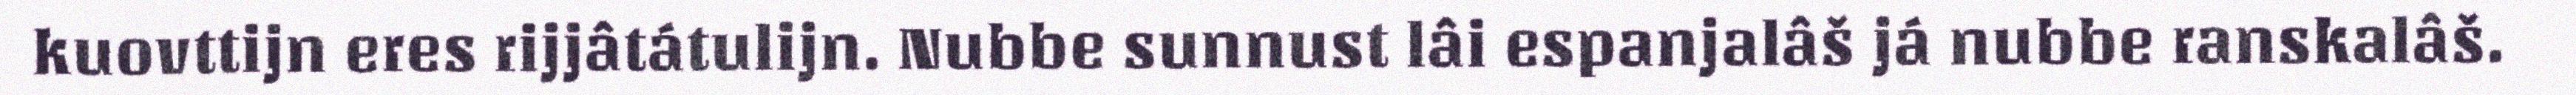
kuovttijn eres rijjâtátulijn. Nubbe sunnust lâi espanjalâš já nubbe ranskalâš.